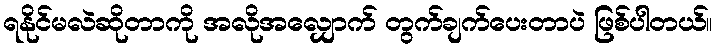
ရနိုင်မလဲဆိုတာကို အလိုအလျှောက် တွက်ချက်ပေးတာပဲ ဖြစ်ပါတယ်။